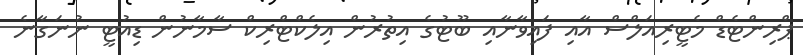
ޕްރިންޓެޑް މެޓީރިއަލްސް އާއި ފައިވާނާއި ބޫޓުގެ އިތުރުން އިލެކްޓްރިކް ސާމާނުން ޑިއުޓީ ނުނަގާނެ